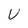
Character: U